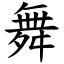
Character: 舞